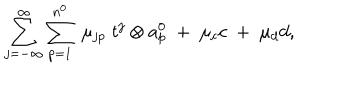
LaTeX: \sum _ { j = - \infty } ^ { \infty } \sum _ { p = 1 } ^ { n ^ { 0 } } \; \mu _ { j p } \; t ^ { j } \otimes a _ { p } ^ { 0 } \; + \; \mu _ { c } c \; + \; \mu _ { d } d ,